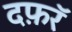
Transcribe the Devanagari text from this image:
दफ़रॅ